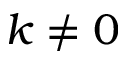
k \neq 0